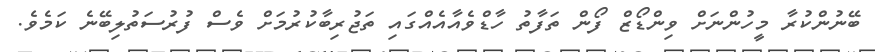
ބޭނުންކުރާ މީހުންނަށް ވިންޑޯޒް ފޯން ތަފާތު ހާޑްވެއާއެއްގައި ތަޖުރިބާކުރުމަށް ވެސް ފުރުސަތުލިބޭނެ ކަމެވެ.